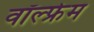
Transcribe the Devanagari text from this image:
वॉल्फ्रेम